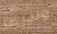
ولديها